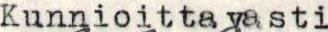
Kunnioittavasti